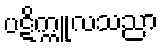
ပဋိက္ကူလသညာ